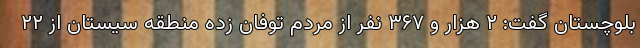
بلوچستان گفت: ۲ هزار و ۳۶۷ نفر از مردم توفان زده منطقه سیستان از ۲۲